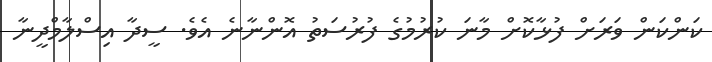
ކަންކަން ވަރަށް ފުޅާކޮށް މާނަ ކުރުމުގެ ފުރުސަތު އޮންނާނެ އެވެ. ސީދާ އިސްލާމްދީނާ